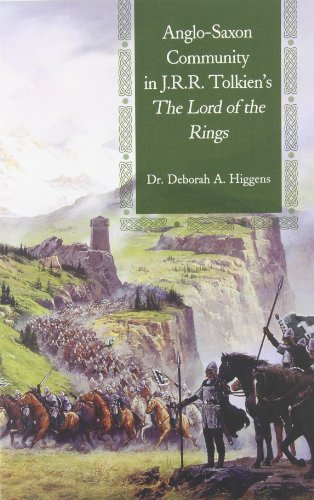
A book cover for Anglo-Saxon Community in J.R.R. Tolkien's the Lord of the Rings; Deborah a. Higgens; Literature & Fiction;